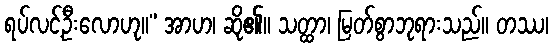
ရပ်လင့်ဦးလောဟု။” အာဟ၊ ဆို၏။ သတ္ထာ၊ မြတ်စွာဘုရားသည်။ တဿ၊